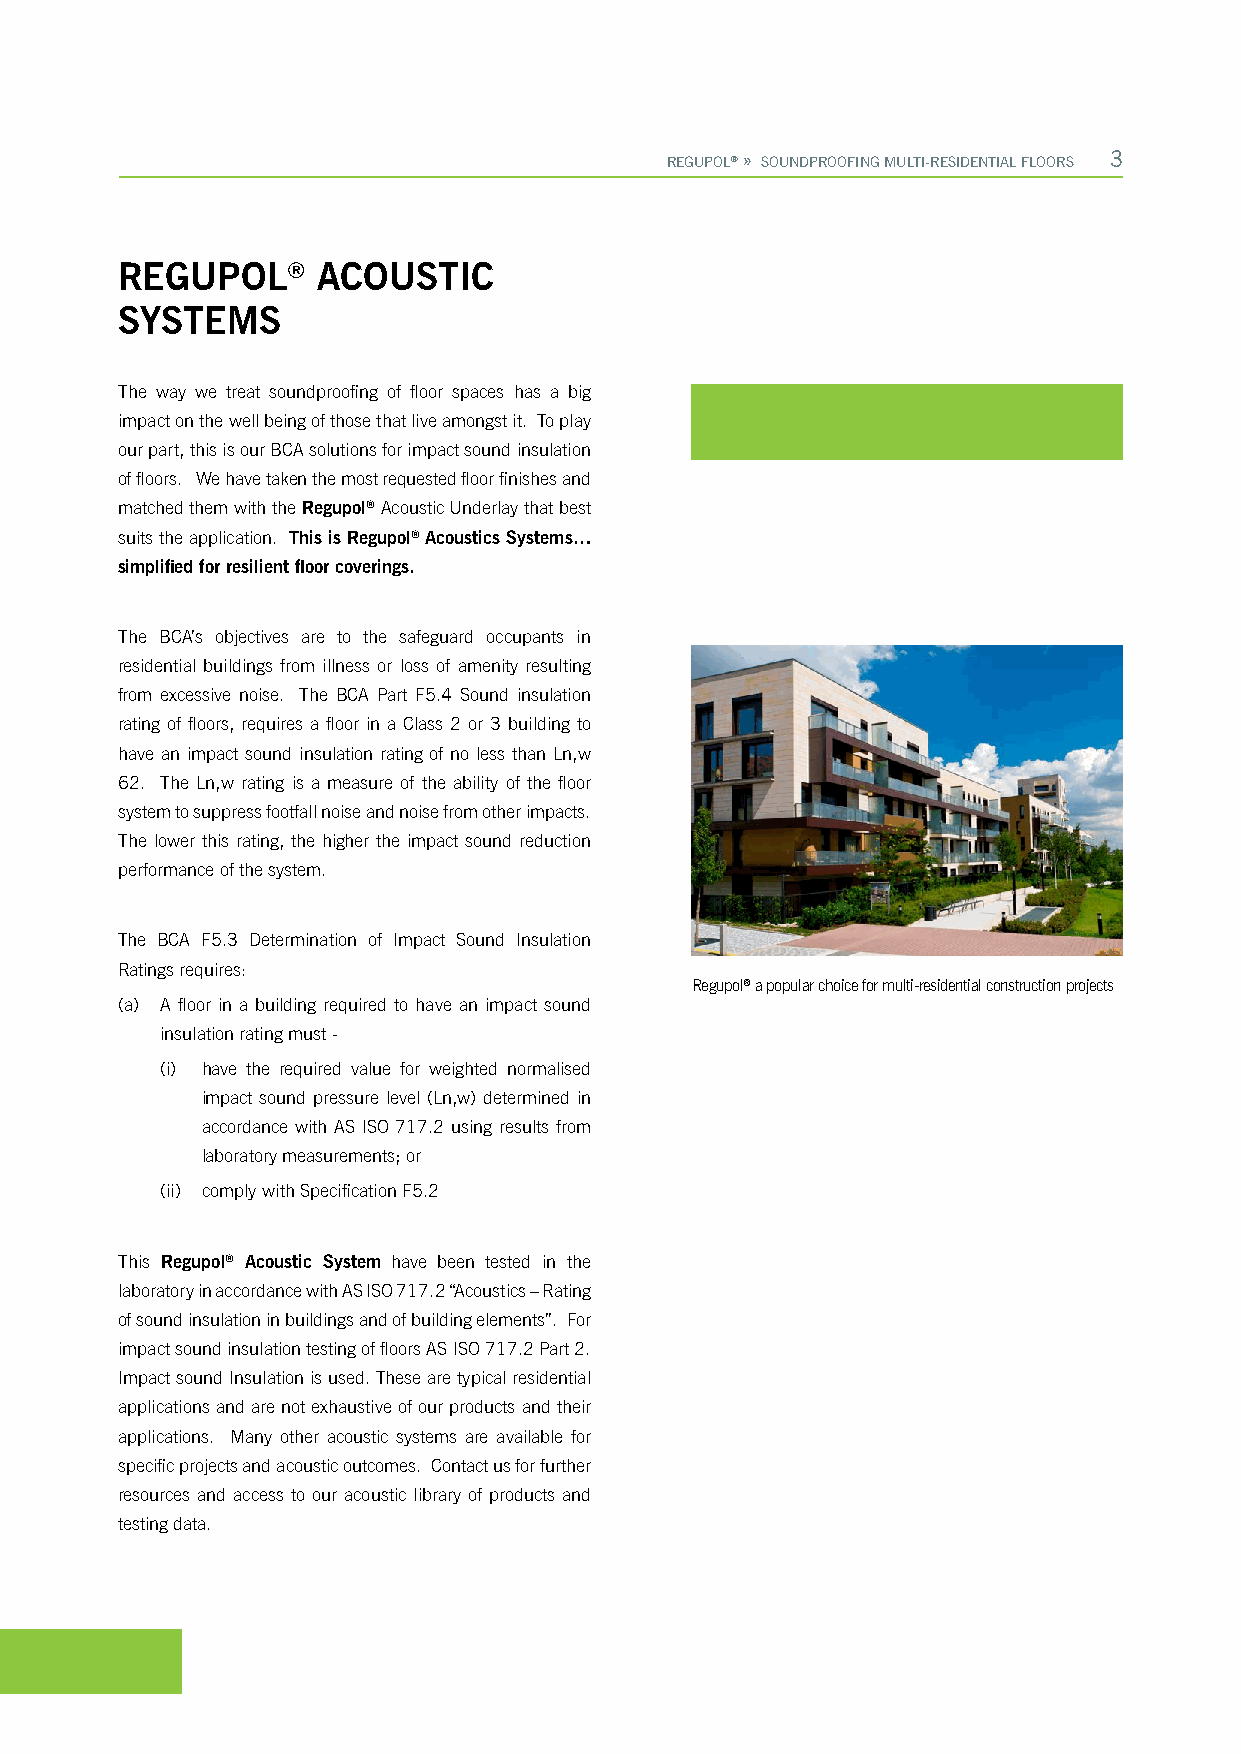
Impact  Soundproofing
 REGUPOL® » SOUNDPROOFING MULTI-RESIDENTIAL FLOORS 3
 REGUPOL®     ACOUSTIC
 SYSTEMS
 The way we treat soundproofing of floor spaces has a big
 impact on the well being of those that live amongst it. To play
 our part, this is our BCA solutions for impact sound insulation
 of floors. We have taken the most requested floor finishes and
 matched them with the Regupol® Acoustic Underlay that best
 suits the application. This is Regupol® Acoustics Systems…
 simplified for resilient floor coverings.
 The BCA’s objectives are to the safeguard occupants in
 residential buildings from illness or loss of amenity resulting
 from excessive noise. The BCA Part F5.4 Sound insulation
 rating of floors, requires a floor in a Class 2 or 3 building to
 have an impact sound insulation rating of no less than Ln,w
 62. The Ln,w rating is a measure of the ability of the floor
 system to suppress footfall noise and noise from other impacts.
 The lower this rating, the higher the impact sound reduction
 performance of the system.
 The BCA F5.3 Determination of Impact Sound Insulation
 Ratings requires:
 Regupol® a popular choice for multi-residential construction projects
 (a) A floor in a building required to have an impact sound
 insulation rating must -
 (i) have the required value for weighted normalised
 impact sound pressure level (Ln,w) determined in
 accordance with AS ISO 717.2 using results from
 laboratory measurements; or
 (ii) comply with Specification F5.2
 This Regupol® Acoustic System have been tested in the
 laboratory in accordance with AS ISO 717.2 “Acoustics – Rating
 of sound insulation in buildings and of building elements”. For
 impact sound insulation testing of floors AS ISO 717.2 Part 2.
 Impact sound Insulation is used. These are typical residential
 applications and are not exhaustive of our products and their
 applications. Many other acoustic systems are available for
 specific projects and acoustic outcomes. Contact us for further
 resources and access to our acoustic library of products and
 testing data.